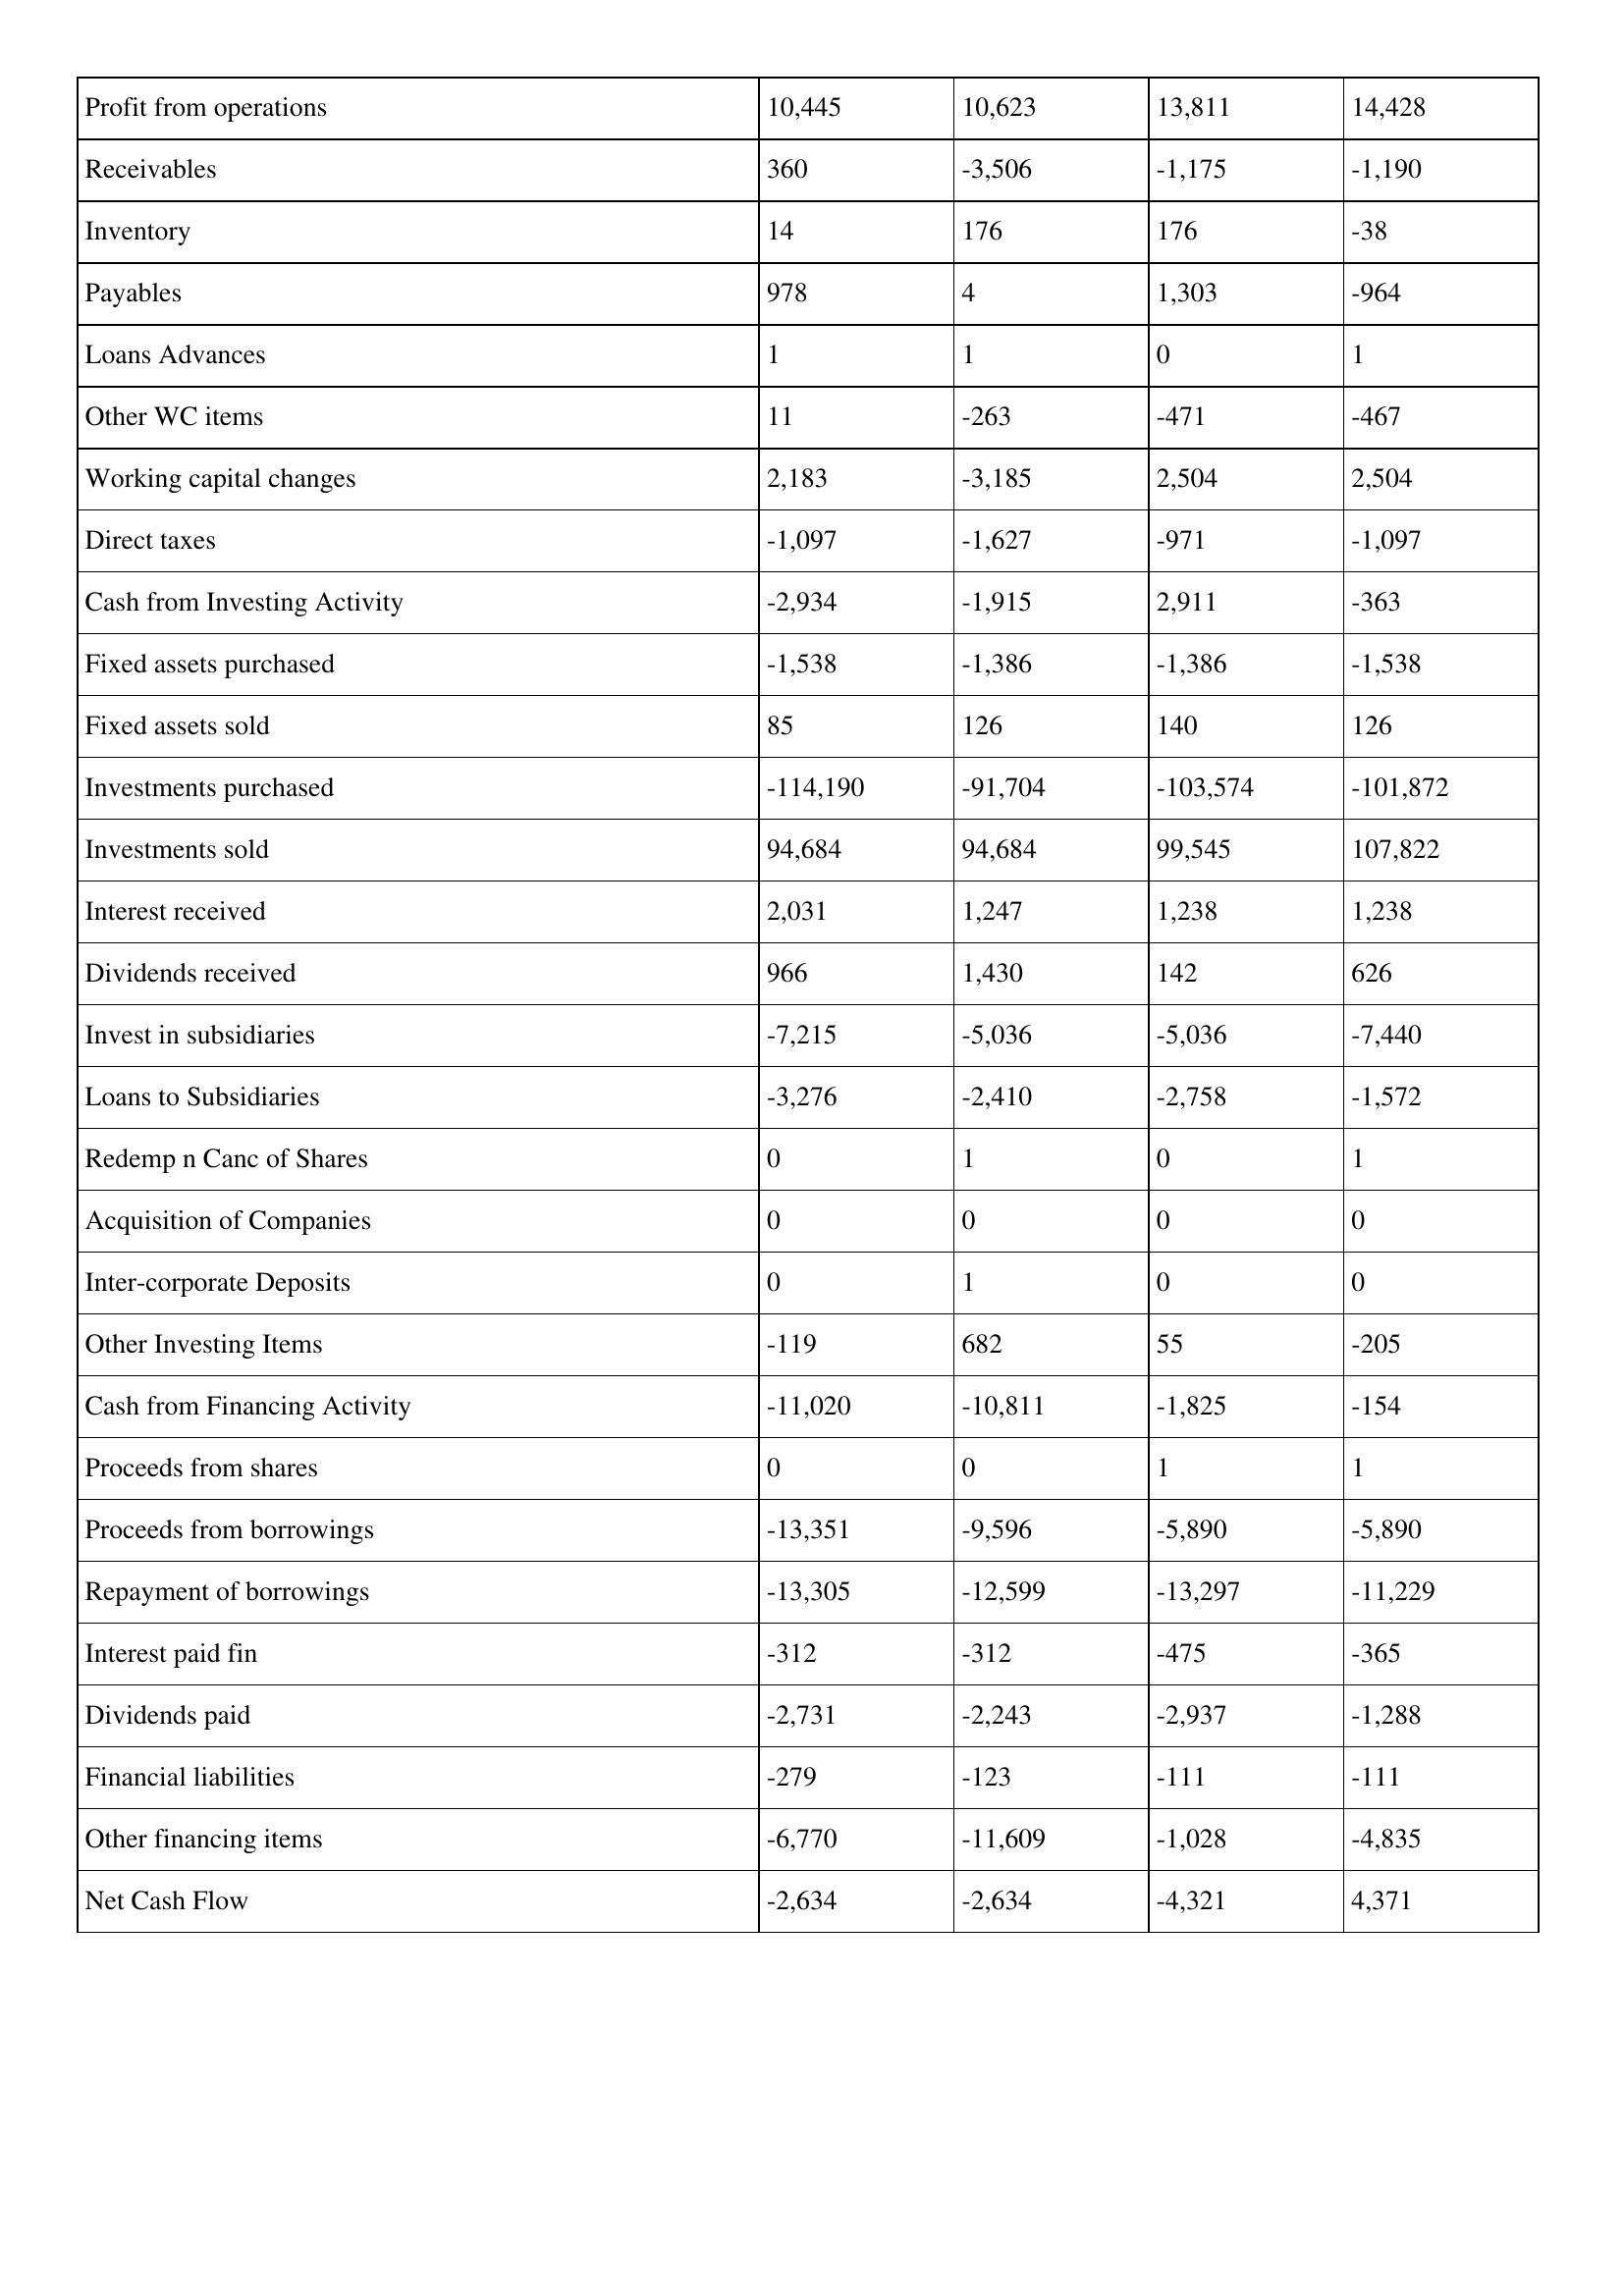
gt_parse: 1999: Cash Flows: Profit from operations: 10,445
Receivables: 360
Inventory: 14
Payables: 978
Loans Advances: 1
Other WC items: 11
Working capital changes: 2,183
Direct taxes: -1,097
Cash from Investing Activity: -2,934
Fixed assets purchased: -1,538
Fixed assets sold: 85
Investments purchased: -114,190
Investments sold: 94,684
Interest received: 2,031
Dividends received: 966
Invest in subsidiaries: -7,215
Loans to Subsidiaries: -3,276
Redemp n Canc of Shares: 0
Acquisition of Companies: 0
Inter-corporate Deposits: 0
Other Investing Items: -119
Cash from Financing Activity: -11,020
Proceeds from shares: 0
Proceeds from borrowings: -13,351
Repayment of borrowings: -13,305
Interest paid fin: -312
Dividends paid: -2,731
Financial liabilities: -279
Other financing items: -6,770
Net Cash Flow: -2,634
1998: Cash Flows: Profit from operations: 10,623
Receivables: -3,506
Inventory: 176
Payables: 4
Loans Advances: 1
Other WC items: -263
Working capital changes: -3,185
Direct taxes: -1,627
Cash from Investing Activity: -1,915
Fixed assets purchased: -1,386
Fixed assets sold: 126
Investments purchased: -91,704
Investments sold: 94,684
Interest received: 1,247
Dividends received: 1,430
Invest in subsidiaries: -5,036
Loans to Subsidiaries: -2,410
Redemp n Canc of Shares: 1
Acquisition of Companies: 0
Inter-corporate Deposits: 1
Other Investing Items: 682
Cash from Financing Activity: -10,811
Proceeds from shares: 0
Proceeds from borrowings: -9,596
Repayment of borrowings: -12,599
Interest paid fin: -312
Dividends paid: -2,243
Financial liabilities: -123
Other financing items: -11,609
Net Cash Flow: -2,634
1997: Cash Flows: Profit from operations: 13,811
Receivables: -1,175
Inventory: 176
Payables: 1,303
Loans Advances: 0
Other WC items: -471
Working capital changes: 2,504
Direct taxes: -971
Cash from Investing Activity: 2,911
Fixed assets purchased: -1,386
Fixed assets sold: 140
Investments purchased: -103,574
Investments sold: 99,545
Interest received: 1,238
Dividends received: 142
Invest in subsidiaries: -5,036
Loans to Subsidiaries: -2,758
Redemp n Canc of Shares: 0
Acquisition of Companies: 0
Inter-corporate Deposits: 0
Other Investing Items: 55
Cash from Financing Activity: -1,825
Proceeds from shares: 1
Proceeds from borrowings: -5,890
Repayment of borrowings: -13,297
Interest paid fin: -475
Dividends paid: -2,937
Financial liabilities: -111
Other financing items: -1,028
Net Cash Flow: -4,321
1996: Cash Flows: Profit from operations: 14,428
Receivables: -1,190
Inventory: -38
Payables: -964
Loans Advances: 1
Other WC items: -467
Working capital changes: 2,504
Direct taxes: -1,097
Cash from Investing Activity: -363
Fixed assets purchased: -1,538
Fixed assets sold: 126
Investments purchased: -101,872
Investments sold: 107,822
Interest received: 1,238
Dividends received: 626
Invest in subsidiaries: -7,440
Loans to Subsidiaries: -1,572
Redemp n Canc of Shares: 1
Acquisition of Companies: 0
Inter-corporate Deposits: 0
Other Investing Items: -205
Cash from Financing Activity: -154
Proceeds from shares: 1
Proceeds from borrowings: -5,890
Repayment of borrowings: -11,229
Interest paid fin: -365
Dividends paid: -1,288
Financial liabilities: -111
Other financing items: -4,835
Net Cash Flow: 4,371